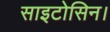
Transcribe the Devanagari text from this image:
साइटोसिन।